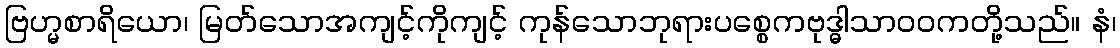
ဗြဟ္မစာရိယော၊ မြတ်သောအကျင့်ကိုကျင့် ကုန်သောဘုရားပစ္စေကဗုဒ္ဓါသာဝဝကတို့သည်။ နံ၊